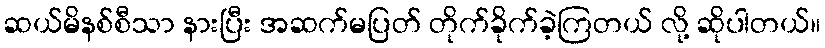
ဆယ်မိနစ်စီသာ နားပြီး အဆက်မပြတ် တိုက်ခိုက်ခဲ့ကြတယ် လို့ ဆိုပါတယ်။